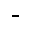
^ -